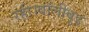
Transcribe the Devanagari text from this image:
रही।बॉलीवुड